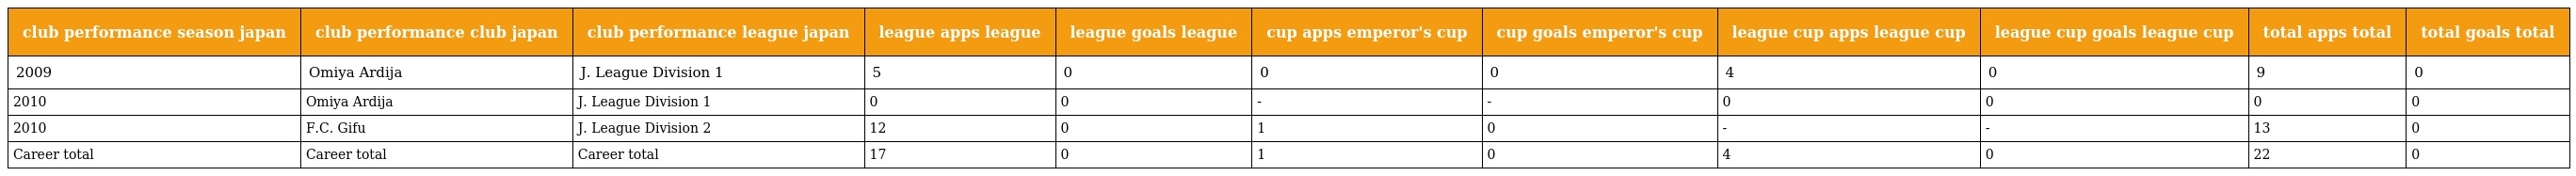
| club performance season japan | club performance club japan | club performance league japan | league apps league | league goals league | cup apps emperor's cup | cup goals emperor's cup | league cup apps league cup | league cup goals league cup | total apps total | total goals total |
 | --- | --- | --- | --- | --- | --- | --- | --- | --- | --- | --- |
 | 2009 | Omiya Ardija | J. League Division 1 | 5 | 0 | 0 | 0 | 4 | 0 | 9 | 0 |
 | 2010 | Omiya Ardija | J. League Division 1 | 0 | 0 | - | - | 0 | 0 | 0 | 0 |
 | 2010 | F.C. Gifu | J. League Division 2 | 12 | 0 | 1 | 0 | - | - | 13 | 0 |
 | Career total | Career total | Career total | 17 | 0 | 1 | 0 | 4 | 0 | 22 | 0 |